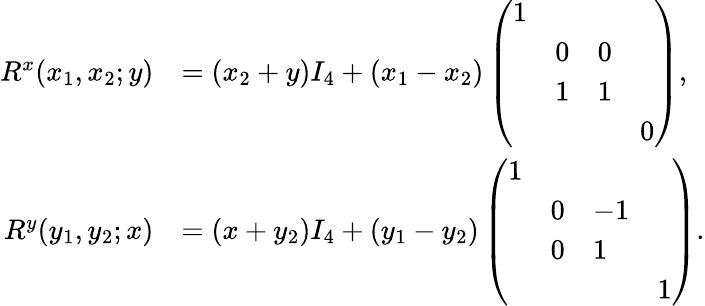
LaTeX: \begin{array}{rl}{R^{x}(x_{1},x_{2};y)}&{=(x_{2}+y)I_{4}+(x_{1}-x_{2})\left(\begin{array}{llll}{1}&&&\\ &{0}&{0}&\\ &{1}&{1}&\\ &&&{0}\end{array}\right),}\\ {R^{y}(y_{1},y_{2};x)}&{=(x+y_{2})I_{4}+(y_{1}-y_{2})\left(\begin{array}{llll}{1}&&&\\ &{0}&{-1}&\\ &{0}&{1}&\\ &&&{1}\end{array}\right).}\end{array}